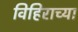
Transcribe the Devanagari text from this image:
विहिराच्या